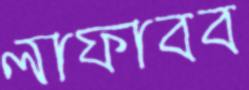
লাফাবব